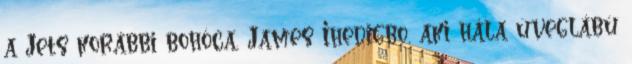
a Jets korábbi bohóca, James Ihedigbo, aki hála üveglábú